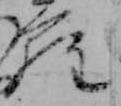
ら